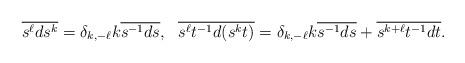
LaTeX: \begin{align*}\overline{s^{\ell}ds^k} = \delta_{k, -\ell} k \overline{s^{-1}ds}, \ \ \overline{s^{\ell}t^{-1}d(s^{k}t)} = \delta_{k, -\ell} k \overline{s^{-1}ds} + \overline{s^{k + \ell}t^{-1}dt}.\end{align*}